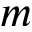
m